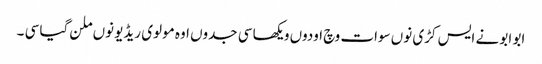
ابو ابو نے ایس کڑی نوں سوات وچ اودوں ویکھا سی جدوں اوہ مولوی ریڈیو نوں ملن گیا سی ۔